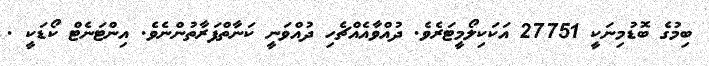
ބިމުގެ ބޮޑުމިނަކީ 27751 އަކަކިލޯމީޓަރެވެ. ދުއްވާއެއްޗެހި ދުއްވަނީ ކަނާތްފަރާތުންނެވެ. އިންޓަނެޓް ކޯޑަކީ .